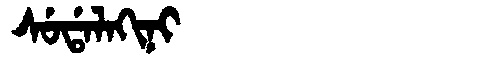
Manchu: ᠰᡠᡩᠠᠯᠠᡴᡳᠨᡳ
Romanization: SUDALAKINI